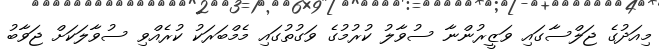
މިއަދުގެ ޖަލްސާގައި ވަޒީރުންނާ ސުވާލު ކުރުމުގެ ވަގުތުގައި މެމްބަރަކު ކުރެއްވި ސުވާލަކަށް ޖަވާބު